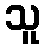
သူ